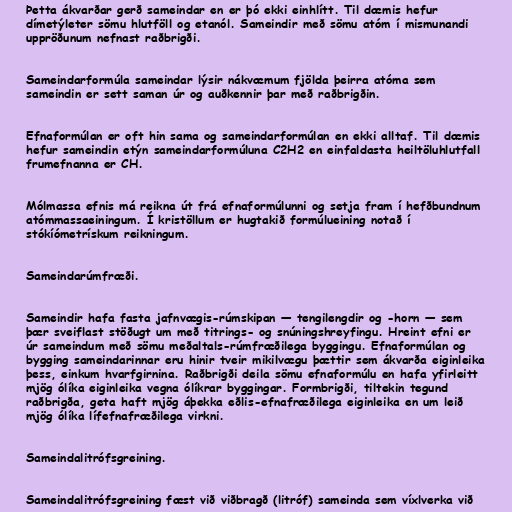
Þetta ákvarðar gerð sameindar en er þó ekki einhlítt. Til dæmis hefur
dímetýleter sömu hlutföll og etanól. Sameindir með sömu atóm í mismunandi
uppröðunum nefnast raðbrigði.

Sameindarformúla sameindar lýsir nákvæmum fjölda þeirra atóma sem
sameindin er sett saman úr og auðkennir þar með raðbrigðin.

Efnaformúlan er oft hin sama og sameindarformúlan en ekki alltaf. Til dæmis
hefur sameindin etýn sameindarformúluna C2H2 en einfaldasta heiltöluhlutfall
frumefnanna er CH.

Mólmassa efnis má reikna út frá efnaformúlunni og setja fram í hefðbundnum
atómmassaeiningum. Í kristöllum er hugtakið formúlueining notað í
stókíómetrískum reikningum.

Sameindarúmfræði.

Sameindir hafa fasta jafnvægis-rúmskipan — tengilengdir og -horn — sem
þær sveiflast stöðugt um með titrings- og snúningshreyfingu. Hreint efni er
úr sameindum með sömu meðaltals-rúmfræðilega byggingu. Efnaformúlan og
bygging sameindarinnar eru hinir tveir mikilvægu þættir sem ákvarða eiginleika
þess, einkum hvarfgirnina. Raðbrigði deila sömu efnaformúlu en hafa yfirleitt
mjög ólíka eiginleika vegna ólíkrar byggingar. Formbrigði, tiltekin tegund
raðbrigða, geta haft mjög áþekka eðlis-efnafræðilega eiginleika en um leið
mjög ólíka lífefnafræðilega virkni.

Sameindalitrófsgreining.

Sameindalitrófsgreining fæst við viðbragð (litróf) sameinda sem víxlverka við